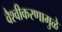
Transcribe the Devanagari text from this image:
वैश्वीकरणामुळे